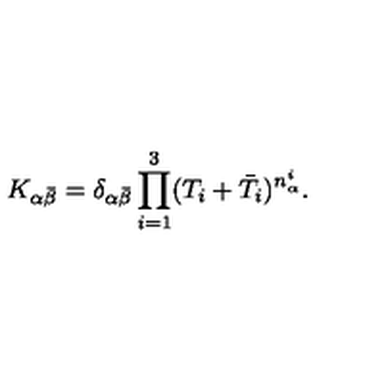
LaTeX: K _ { \alpha \bar { \beta } } = \delta _ { \alpha \bar { \beta } } \prod _ { i = 1 } ^ { 3 } ( T _ { i } + \bar { T } _ { i } ) ^ { n _ { \alpha } ^ { i } } .